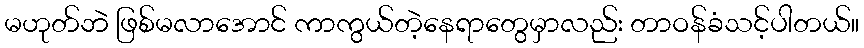
မဟုတ်ဘဲ ဖြစ်မလာအောင် ကာကွယ်တဲ့နေရာတွေမှာလည်း တာဝန်ခံသင့်ပါတယ်။